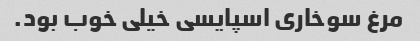
مرغ سوخاری اسپایسی خیلی خوب بود.